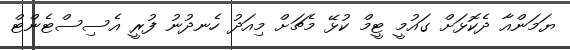
ޔަމަންއާ ދެކޮޅަށް ގައުމީ ޓީމް ކުޅޭ މެޗަށް މިއަދު ހެނދުނު ފުރީ އެސިސްޓެންޓް